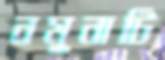
নমুনাটি